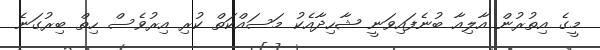
މީގެ އިތުރުން އާލިއާ ބުނެފައިވަނީ ޝާހިދާއެކު މަސައްކަތް ކުރި އިރުވެސް ހިތް ބިރުގަނެ